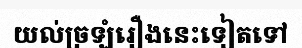
យល់ច្រឡំរឿងនេះទៀតទៅ